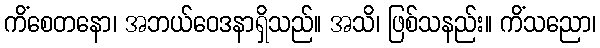
ကိံစေတနော၊ အဘယ်ဝေဒနာရှိသည်။ အသိ၊ ဖြစ်သနည်း။ ကိံသညော၊